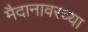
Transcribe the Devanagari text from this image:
मैदानावरच्या